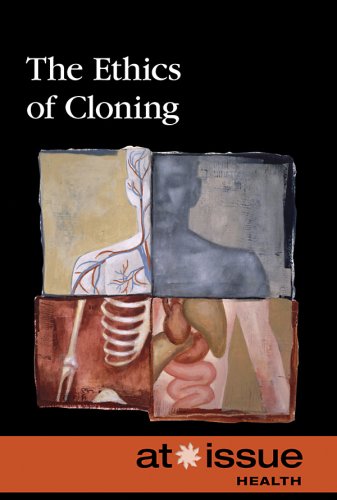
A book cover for The Ethics of Cloning (At Issue); David M. Haugen; Teen & Young Adult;